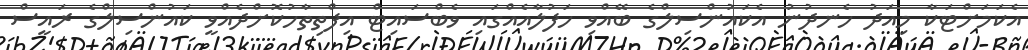
އެކަމަށްޓަކާ މިއަދު ހެނދުނު އެކައުންސިލްގެ ބޭއްވި ހަފުލާއެއްގައި ވެބްސައިޓް އިފްތިތާހުކޮށްދެއްވީ ކައުންސިލްގެ ރައީސް